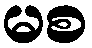
မစ